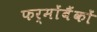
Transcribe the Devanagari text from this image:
फर्मोंबैंकों